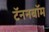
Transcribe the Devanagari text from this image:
टॅननबॉम